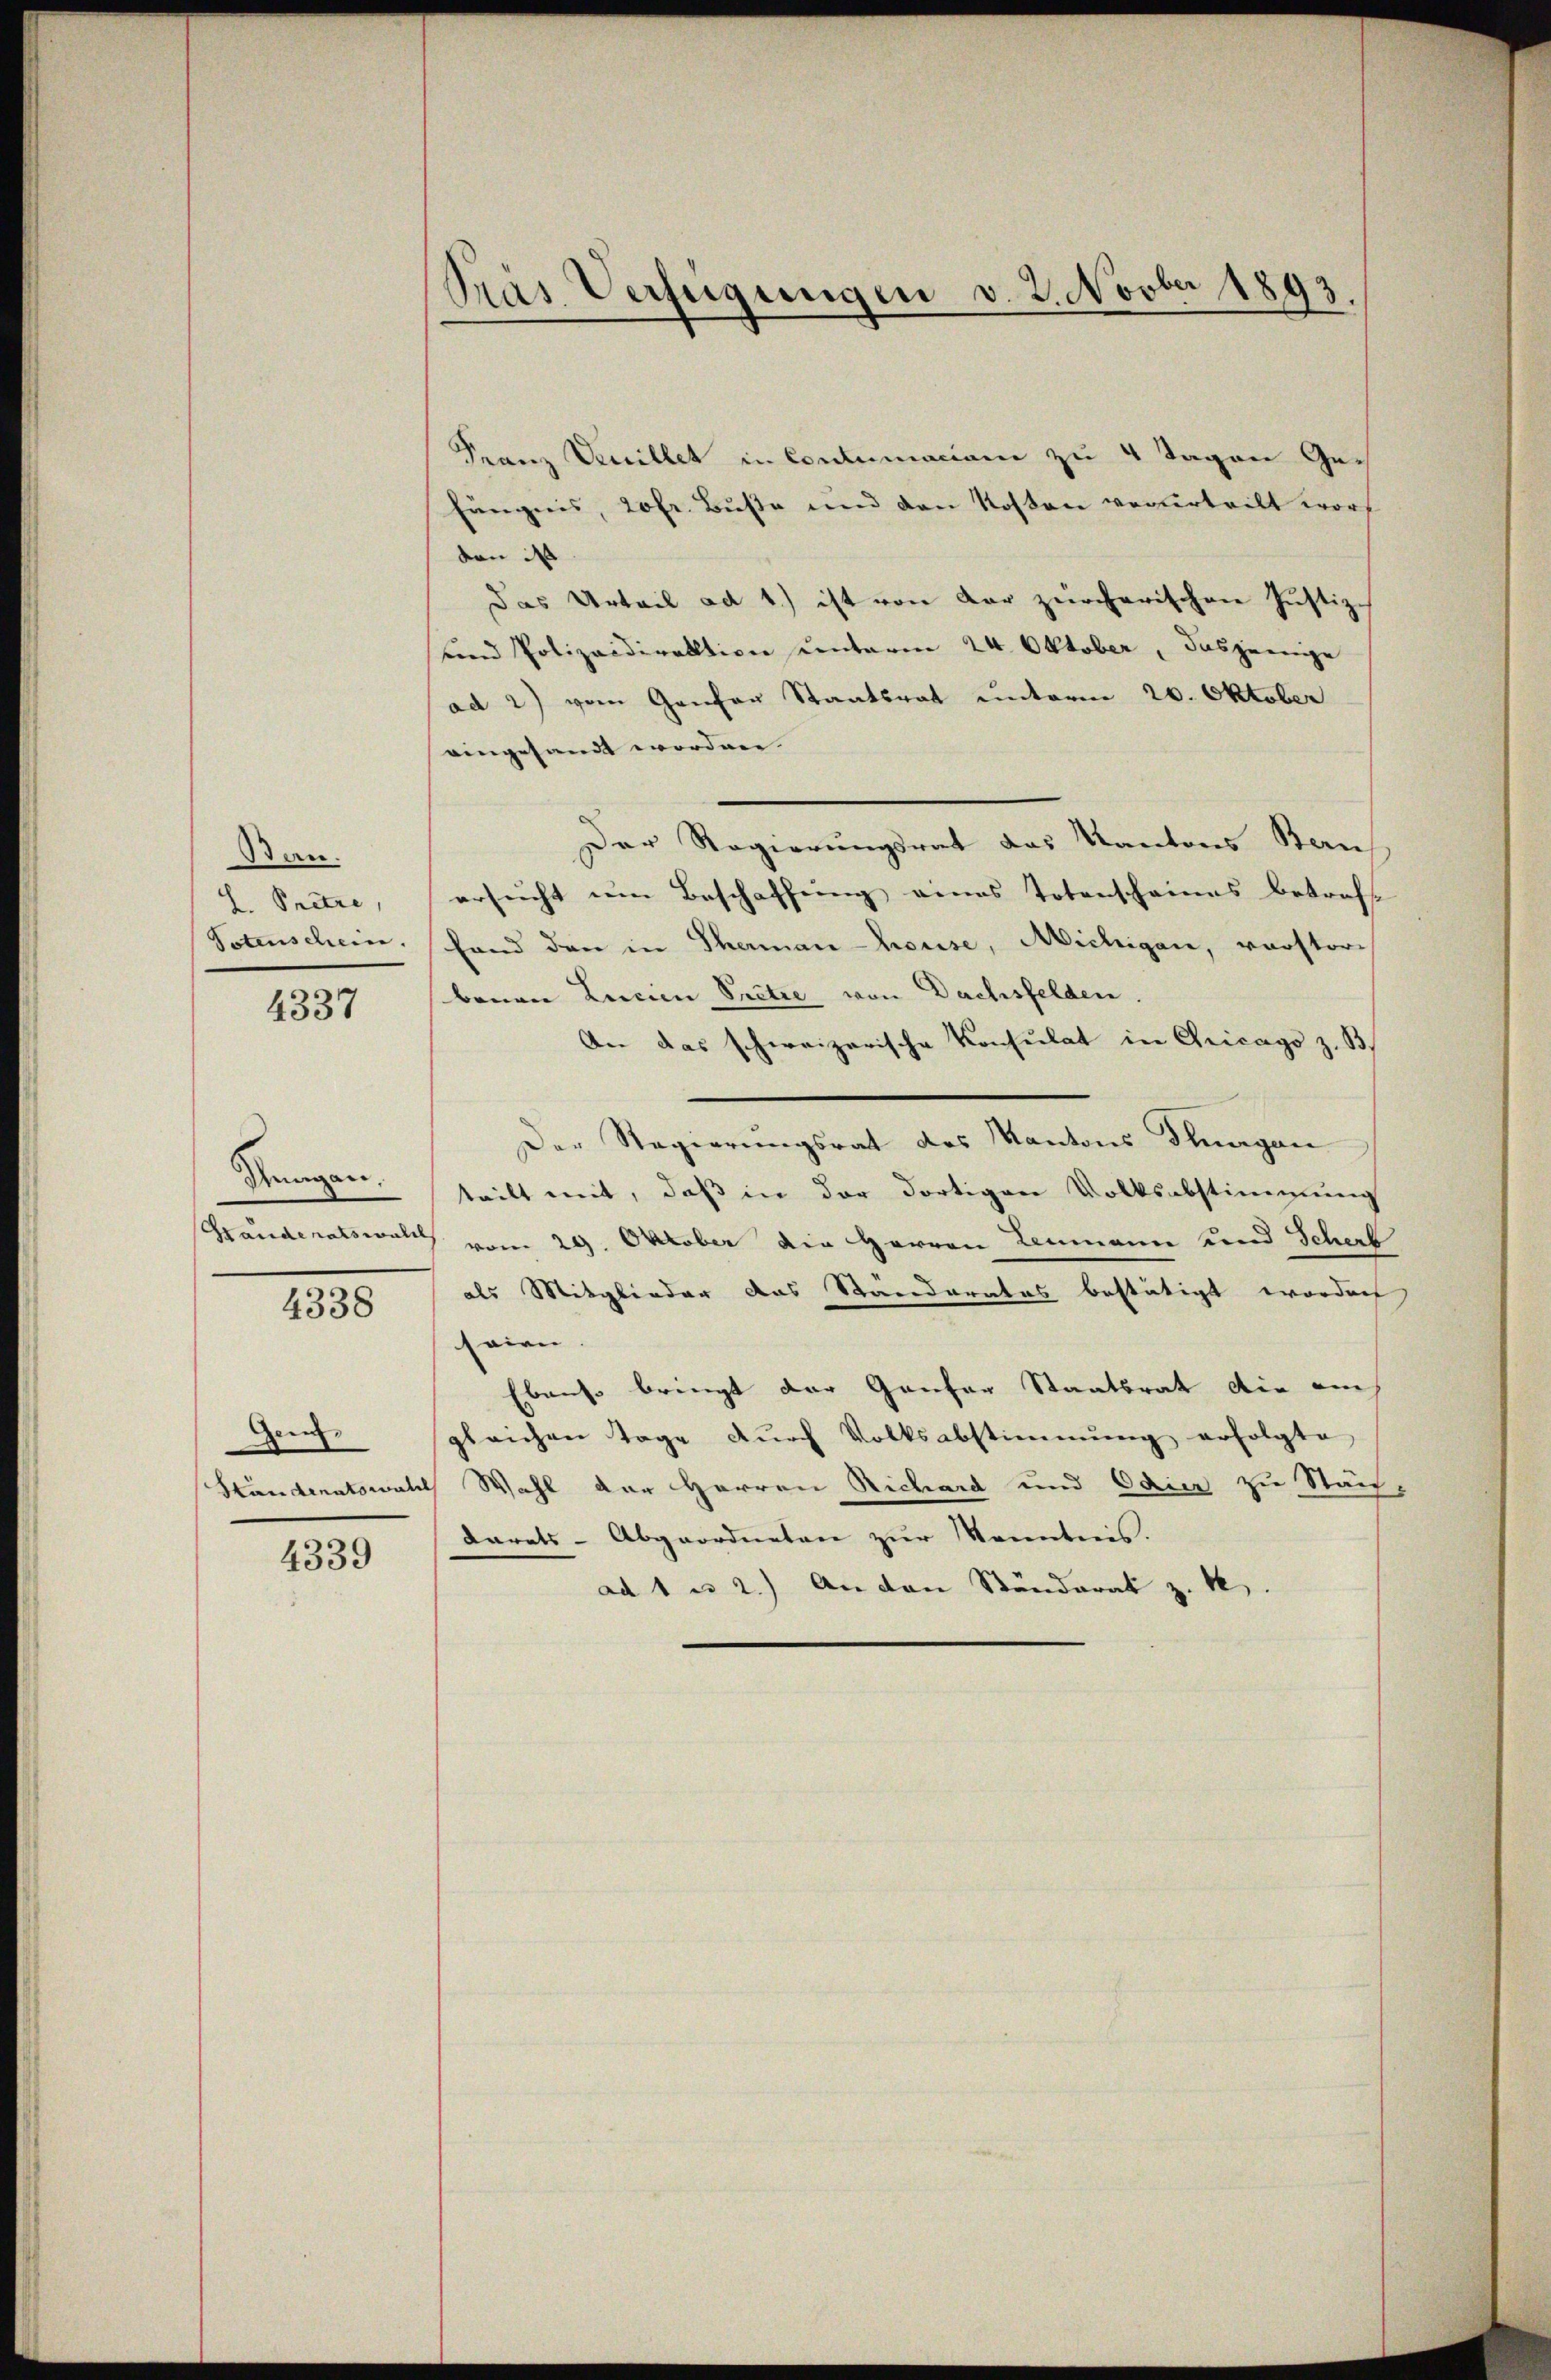
San.
S. Pretze,

Rungen.

4337

4338

Gen.

4339

Franz Venillet in Contumaciam zu 4 Tagen Gefängnis, 20 fr. Buße und den Kosten verurteilt word
von d
Das Urteil ad 1.) ist von der zürcherischen Justiz-
und Polizeidirektion unterm 24. Oktober, dasjenige
ad 2) vom Genfer Staatsrat unterm 20. Oktober
eingesandt worden.
Der Regierungsrat das Kantons Bern
ersucht um Beschaffung eines Totenscheines betreff
Potenschein, hand den in Therman-house, Michigen, verstori
bauen Lucian Pritze von Dachsfelden.
An das schweizerische Konsulat in Chicago z. B.
Der Regierungsrat des Kantons Thurgan
teilt mit, daß in der dortigen Volksabstimmung
Granderatswald vom 29. Oktober die Herren Leumann und Scherb
als Mitglieder das Paraderates bestätigt worden
seien. |
Ebenso bringt der Gantar Staatsrat die auch
gleichen Tage durch Volksabstimmung erfolgte
Ständenatswahl Wahl der Herren Richard und Odier zu Stän-
Carats-Abgeordneten zur Kenntnis.
ad 1 u 2.) An den Ständerat z. B.

Pras Verfügungen v. 2. Novber 1893.